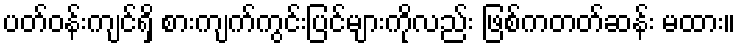
ပတ်ဝန်းကျင်ရှိ စားကျက်ကွင်းပြင်များကိုလည်း ဖြစ်ကတတ်ဆန်း မထား။